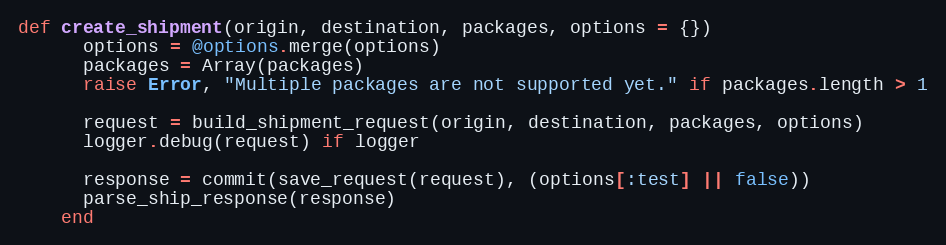
Language: Ruby
def create_shipment(origin, destination, packages, options = {})
      options = @options.merge(options)
      packages = Array(packages)
      raise Error, "Multiple packages are not supported yet." if packages.length > 1

      request = build_shipment_request(origin, destination, packages, options)
      logger.debug(request) if logger

      response = commit(save_request(request), (options[:test] || false))
      parse_ship_response(response)
    end